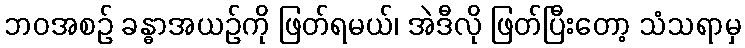
ဘဝအစဉ် ခန္ဓာအယဉ်ကို ဖြတ်ရမယ်၊ အဲဒီလို ဖြတ်ပြီးတော့ သံသရာမှ